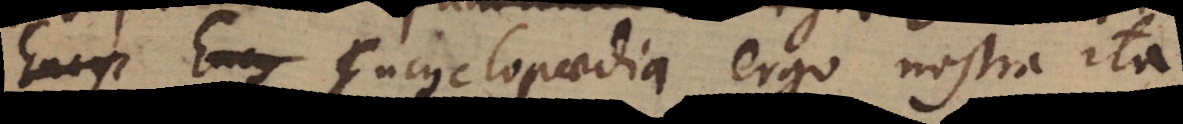
Ency Ency Encyclopaedia ergo nostra ita